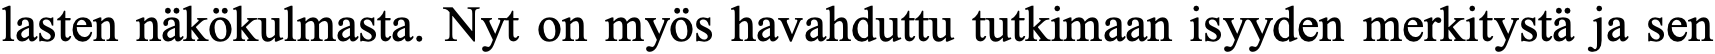
lasten näkökulmasta. Nyt on myös havahduttu tutkimaan isyyden merkitystä ja sen